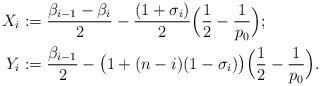
LaTeX: \begin{align*} X_{i}&:= \frac{\beta_{i-1}-\beta_{i}}{2}-\frac{(1 +\sigma_{i})}{2}\Big(\frac{1}{2}-\frac{1}{p_0}\Big); \\ Y_{i}&:= \frac{\beta_{i-1}}{2} - \big(1+(n-i)(1-\sigma_{i})\big)\Big(\frac{1}{2}-\frac{1}{p_0}\Big).\end{align*}